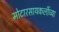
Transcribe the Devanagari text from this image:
मोटारसायकलींच्या